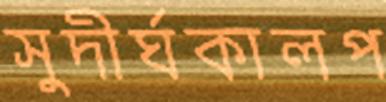
সুদীর্ঘকালপ